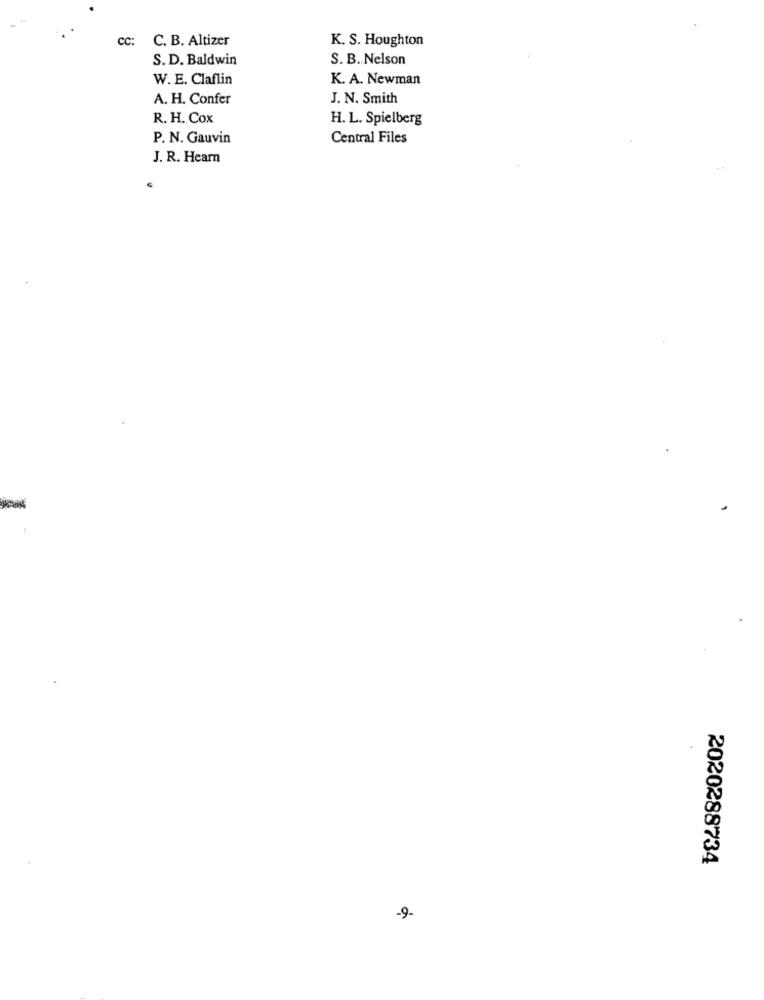
cc:
C. B. Altizer
K. S. Houghton
S. D. Baldwin
S. B. Nelson
W. E. Claflin
K. A. Newman
A. H. Confer
J. N. Smith
R. H. Cox
H. L. Spielberg
P. N. Gauvin
Central Files
J. R. Hearn
2020288734
-9.